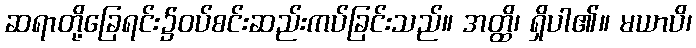
ဆရာတို့ခြေရင်း၌ဝပ်စင်းဆည်းကပ်ခြင်းသည်။ အတ္ထိ၊ ရှိပါ၏။ မယာပိ၊